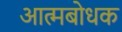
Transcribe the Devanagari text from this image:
आत्मबोधक